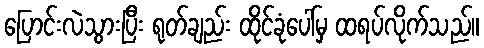
ပြောင်းလဲသွားပြီး ရုတ်ချည်း ထိုင်ခုံပေါ်မှ ထရပ်လိုက်သည်။